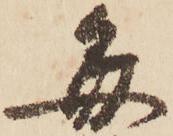
毎